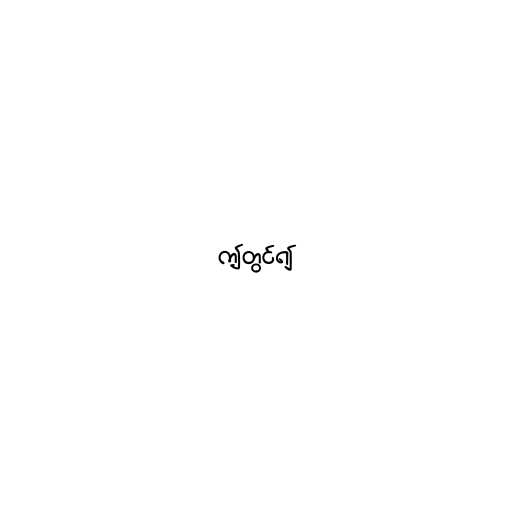
ဤတွင်၍